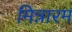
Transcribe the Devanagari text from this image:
मिन्नारम